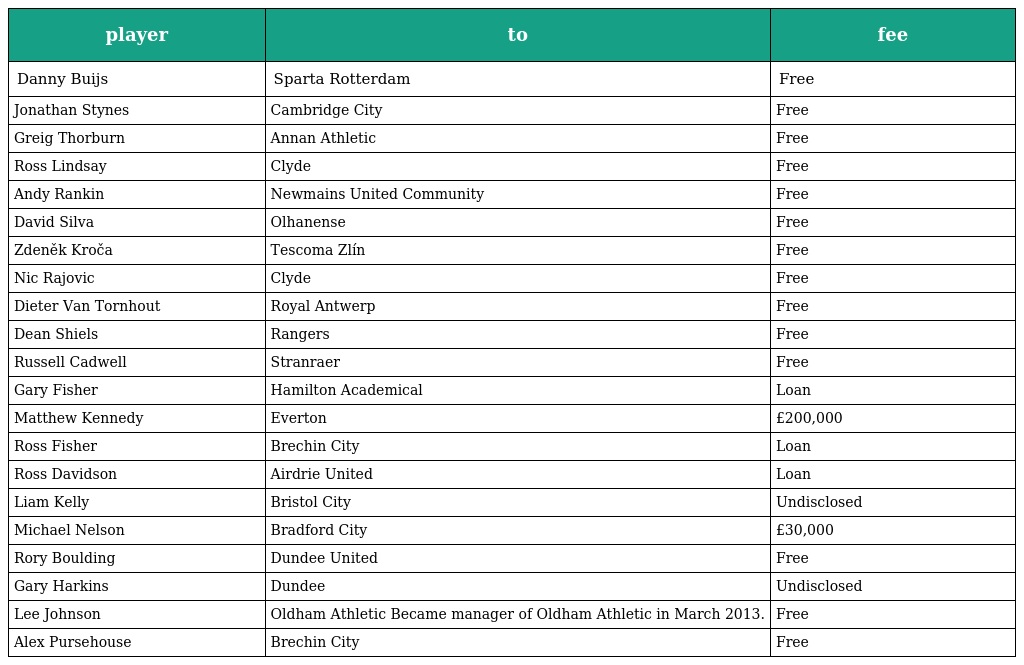
| player | to | fee |
 | --- | --- | --- |
 | Danny Buijs | Sparta Rotterdam | Free |
 | Jonathan Stynes | Cambridge City | Free |
 | Greig Thorburn | Annan Athletic | Free |
 | Ross Lindsay | Clyde | Free |
 | Andy Rankin | Newmains United Community | Free |
 | David Silva | Olhanense | Free |
 | Zdeněk Kroča | Tescoma Zlín | Free |
 | Nic Rajovic | Clyde | Free |
 | Dieter Van Tornhout | Royal Antwerp | Free |
 | Dean Shiels | Rangers | Free |
 | Russell Cadwell | Stranraer | Free |
 | Gary Fisher | Hamilton Academical | Loan |
 | Matthew Kennedy | Everton | £200,000 |
 | Ross Fisher | Brechin City | Loan |
 | Ross Davidson | Airdrie United | Loan |
 | Liam Kelly | Bristol City | Undisclosed |
 | Michael Nelson | Bradford City | £30,000 |
 | Rory Boulding | Dundee United | Free |
 | Gary Harkins | Dundee | Undisclosed |
 | Lee Johnson | Oldham Athletic Became manager of Oldham Athletic in March 2013. | Free |
 | Alex Pursehouse | Brechin City | Free |